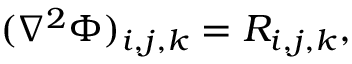
( \nabla ^ { 2 } \Phi ) _ { i , j , k } = R _ { i , j , k } ,